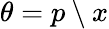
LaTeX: \theta=p\setminus x